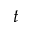
t